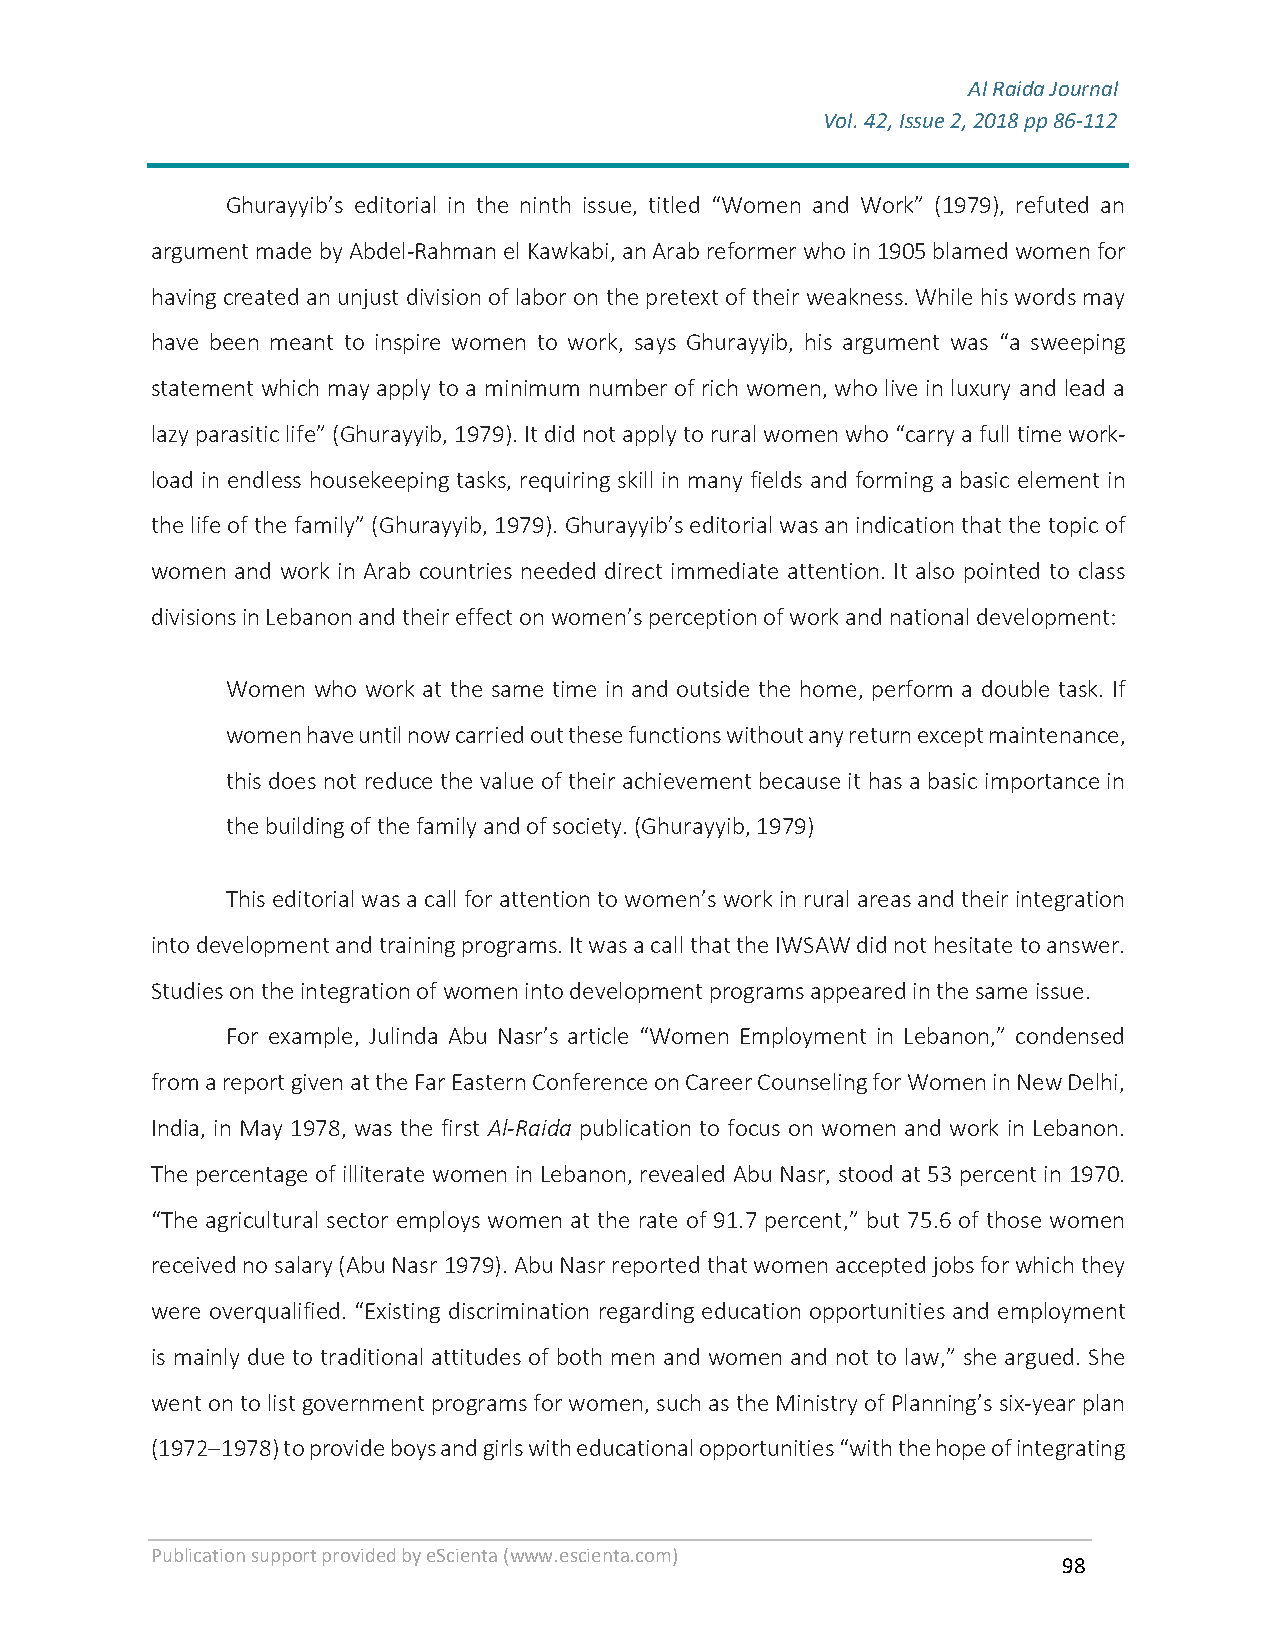
Al Raida Journal
 Vol. 42, Issue 2, 2018 pp 86-112
 F
 Ghurayyib’s editorial in the ninth issue, titled “Women and Work” (1979), refuted an
 argument made by Abdel-Rahman el Kawkabi, an Arab reformer who in 1905 blamed women for
 having created an unjust division of labor on the pretext of their weakness. While his words may
 have been meant to inspire women to work, says Ghurayyib, his argument was “a sweeping
 statement which may apply to a minimum number of rich women, who live in luxury and lead a
 lazy parasitic life” (Ghurayyib, 1979). It did not apply to rural women who “carry a full time work-
 load in endless housekeeping tasks, requiring skill in many fields and forming a basic element in
 the life of the family” (Ghurayyib, 1979). Ghurayyib’s editorial was an indication that the topic of
 women and work in Arab countries needed direct immediate attention. It also pointed to class
 divisions in Lebanon and their effect on women’s perception of work and national development:
 Women who work at the same time in and outside the home, perform a double task. If
 women have until now carried out these functions without any return except maintenance,
 this does not reduce the value of their achievement because it has a basic importance in
 the building of the family and of society. (Ghurayyib, 1979)
 This editorial was a call for attention to women’s work in rural areas and their integration
 into development and training programs. It was a call that the IWSAW did not hesitate to answer.
 Studies on the integration of women into development programs appeared in the same issue.
 For example, Julinda Abu Nasr’s article “Women Employment in Lebanon,” condensed
 from a report given at the Far Eastern Conference on Career Counseling for Women in New Delhi,
 India, in May 1978, was the first Al-Raida publication to focus on women and work in Lebanon.
 The percentage of illiterate women in Lebanon, revealed Abu Nasr, stood at 53 percent in 1970.
 “The agricultural sector employs women at the rate of 91.7 percent,” but 75.6 of those women
 received no salary (Abu Nasr 1979). Abu Nasr reported that women accepted jobs for which they
 were overqualified. “Existing discrimination regarding education opportunities and employment
 is mainly due to traditional attitudes of both men and women and not to law,” she argued. She
 went on to list government programs for women, such as the Ministry of Planning’s six-year plan
 (1972–1978) to provide boys and girls with educational opportunities “with the hope of integrating
 Publication support provided by eScienta (www.escienta.com)
 98